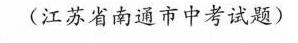
(江苏省南通市中考试题)